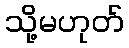
သို့မဟုတ်